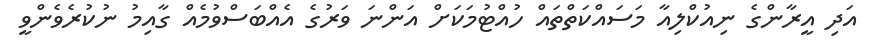
އަދި އީރާންގެ ނިއުކްލިއާ މަސައްކަތްތައް ހުއްޓުމަކަށް އަންނަ ވަރުގެ އެއްބަސްވުމެއް ގާއިމު ނުކުރެވެންވީ